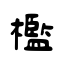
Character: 檻